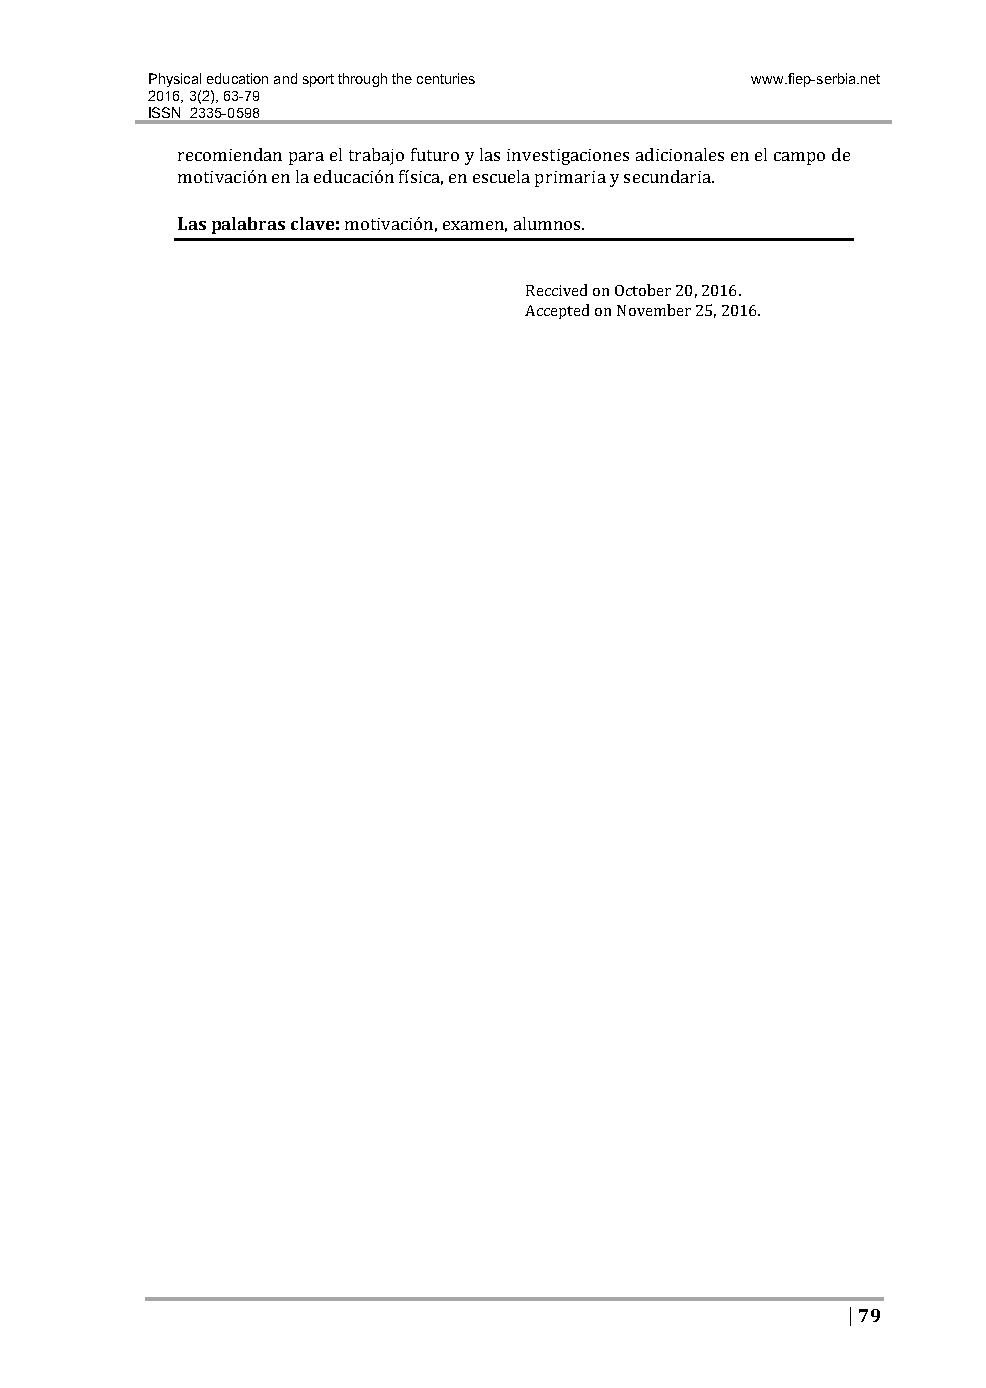
Physical education and sport through the centuries www.fiep-serbia.net
 2016, 3(2), 63-79
 ISSN 2335-0598
 recomiendan para el trabajo futuro y las investigaciones adicionales en el campo de
 motivación en la educación física, en escuela primaria y secundaria.
 Las palabras clave: motivación, examen, alumnos.
 Reccived on October 20, 2016.
 Accepted on November 25, 2016.
 | 79